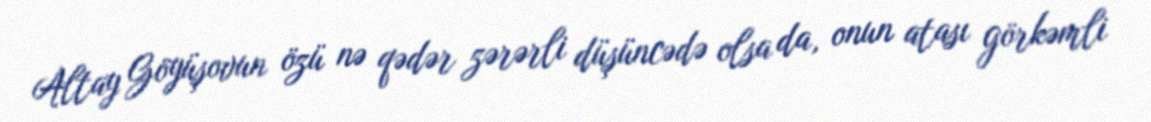
Altay Göyüşovun özü nə qədər zərərli düşüncədə olsa da, onun atası görkəmli